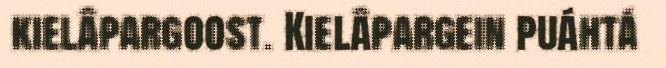
kielâpargoost. Kielâpargein puáhtá